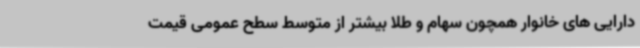
دارایی های خانوار همچون سهام و طلا بیشتر از متوسط سطح عمومی قیمت